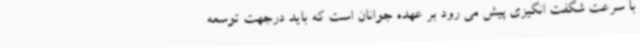
با سرعت شگفت انگیزی پیش می رود بر عهده جوانان است که باید درجهت توسعه